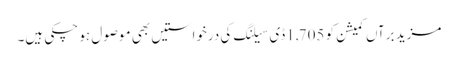
مزید برآں کمیشن کو 1,705ڈی سیلنگ کی درخواستیں بھی موصول ہو چکی ہیں۔